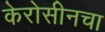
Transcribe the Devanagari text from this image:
केरोसीनचा